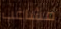
مشاغب